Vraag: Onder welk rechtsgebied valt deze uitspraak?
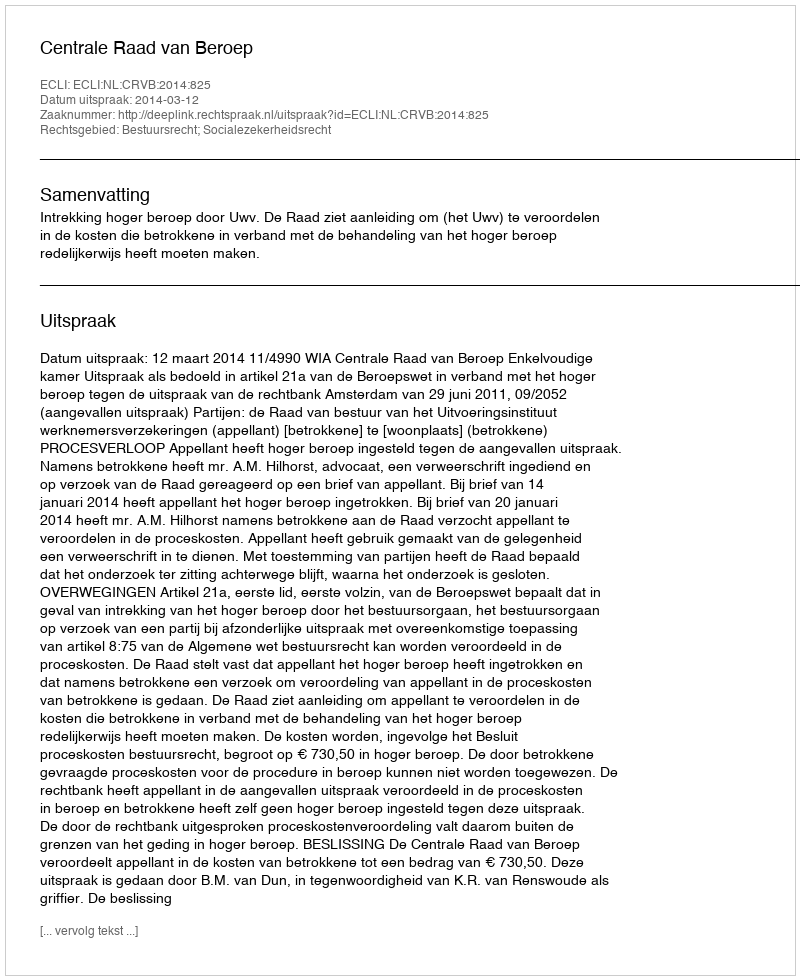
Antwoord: Bestuursrecht; Socialezekerheidsrecht